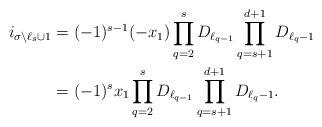
LaTeX: \begin{align*}i_{\sigma \setminus \ell_{s} \cup 1}&=(-1)^{s-1}(-x_1)\prod_{q=2}^{s}{D_{\ell_{q-1}}}\prod_{q=s+1}^{d+1}{D_{\ell_q-1}} \\&=(-1)^{s}x_1\prod_{q=2}^{s}{D_{\ell_{q-1}}}\prod_{q=s+1}^{d+1}{D_{\ell_q-1}}. \end{align*}